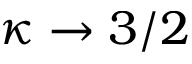
\kappa \to 3 / 2